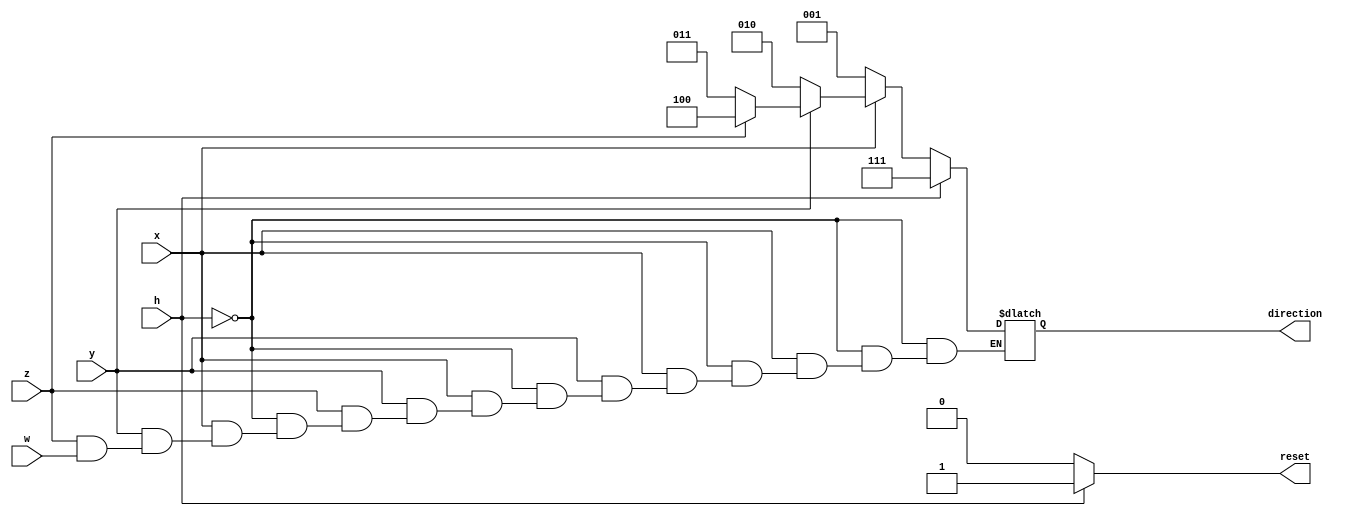
module Controller(x,y,z,w,h, direction, reset);
	
	input  x,y,z,w,h;
	output reg [2:0] direction;
	output reg reset =0; 

	always@(x,y,z,w,h)
begin
	 if(h)
		begin
			reset = 1;
			direction =3'b111;
		end
	else  
			begin
			reset =0 ;
			if(~x)
			direction = 3'b001;
			
			else if(~y)
			direction = 3'b010;
			
			else if(~z)
			 direction = 3'b011;
			else if(~w)
			direction = 3'b100;
			else  
			direction <= direction;
	end	
end
endmodule